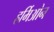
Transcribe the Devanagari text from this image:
हर्मिओन